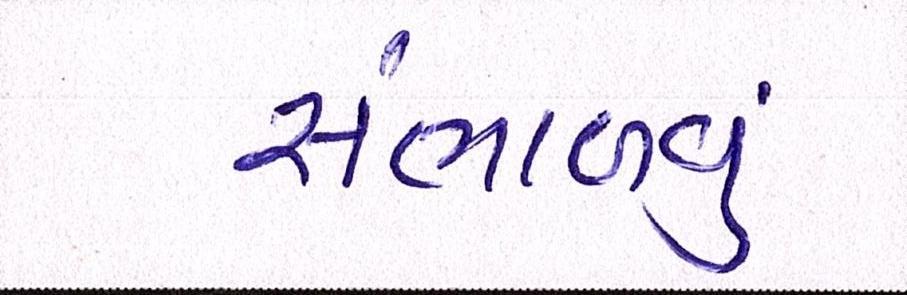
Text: સંભાળવું